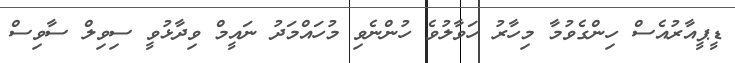
ޑީޕީއާރުއެސް ހިންގެވުމާ މިހާރު ހަވާލުވެ ހުންނެވި މުހައްމަދު ނައީމް ވިދާޅުވީ ސިވިލް ސާވިސް